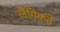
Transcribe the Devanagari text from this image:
लैंगिकते